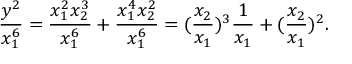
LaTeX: \frac { y ^ { 2 } } { x _ { 1 } ^ { 6 } } = \frac { x _ { 1 } ^ { 2 } x _ { 2 } ^ { 3 } } { x _ { 1 } ^ { 6 } } + \frac { x _ { 1 } ^ { 4 } x _ { 2 } ^ { 2 } } { x _ { 1 } ^ { 6 } } = ( \frac { x _ { 2 } } { x _ { 1 } } ) ^ { 3 } \frac { 1 } { x _ { 1 } } + ( \frac { x _ { 2 } } { x _ { 1 } } ) ^ { 2 } .